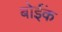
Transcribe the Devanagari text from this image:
बोईंक